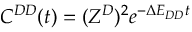
C ^ { D D } ( t ) = ( Z ^ { D } ) ^ { 2 } e ^ { - \Delta E _ { D D } t }